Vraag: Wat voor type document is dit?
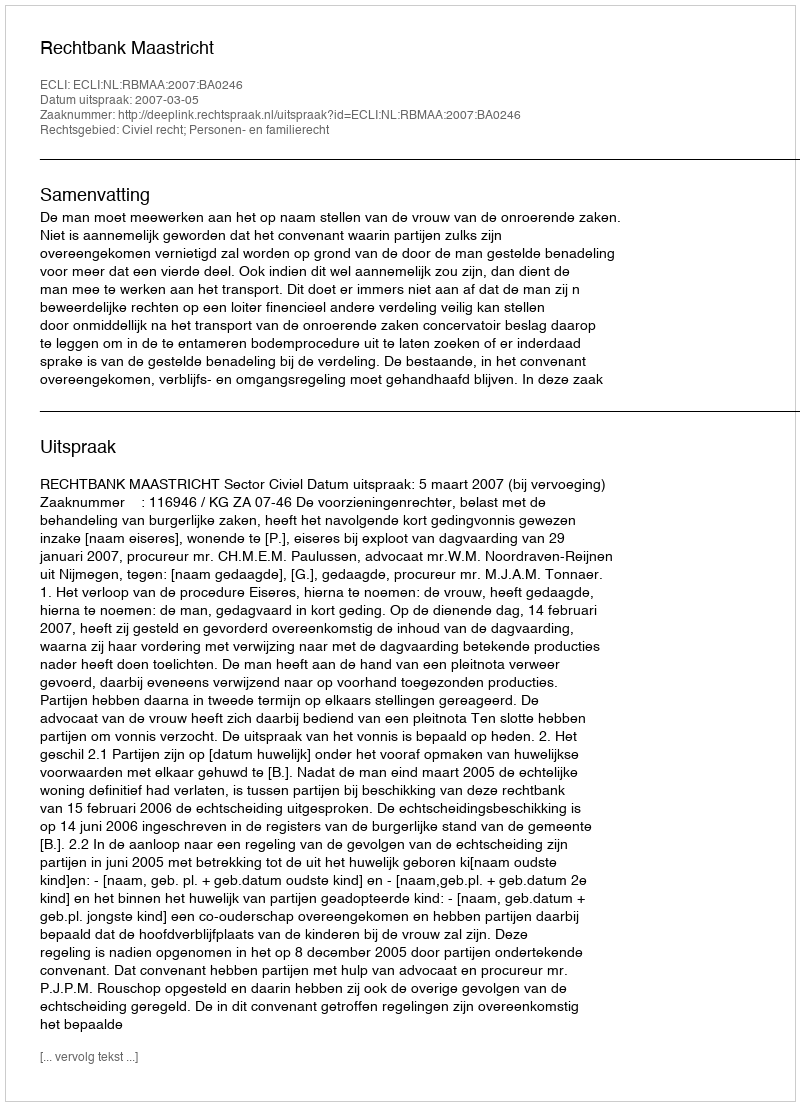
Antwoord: Uitspraak